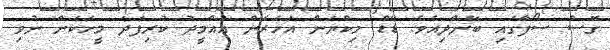
ގޮސް ސޯފާގައި ބޭންދިއެވެ. ޑޭޑް މިކްޔަން އަހަރެން އުއްމީދު ކުރިފަދަ މީހަކަށް ނުވި